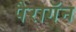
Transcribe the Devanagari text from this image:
पैरागॅन